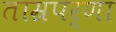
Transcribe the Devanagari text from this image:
ताम्रपर्णा